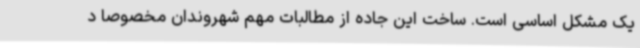
یک مشکل اساسی است. ساخت این جاده از مطالبات مهم شهروندان مخصوصا د